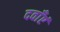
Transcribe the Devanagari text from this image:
दवाँएं